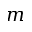
m